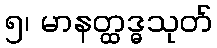
၅၊ မာနတ္ထဒ္ဓသုတ်